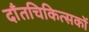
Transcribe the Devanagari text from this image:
दाँतचिकित्सकों